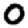
Digit: 0